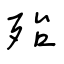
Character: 殆